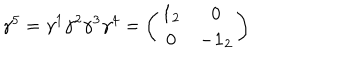
\gamma ^ { 5 } = \gamma ^ { 1 } \gamma ^ { 2 } \gamma ^ { 3 } \gamma ^ { 4 } = \left( \begin{array} { c c } { { { \bf 1 } _ { 2 } } } & { { 0 } } \\ { { 0 } } & { { - { \bf 1 } _ { 2 } } } \\ \end{array} \right)